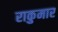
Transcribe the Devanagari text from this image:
राकुमार